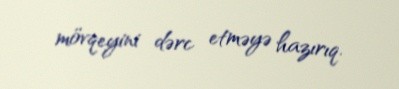
mövqeyini dərc etməyə hazırıq.